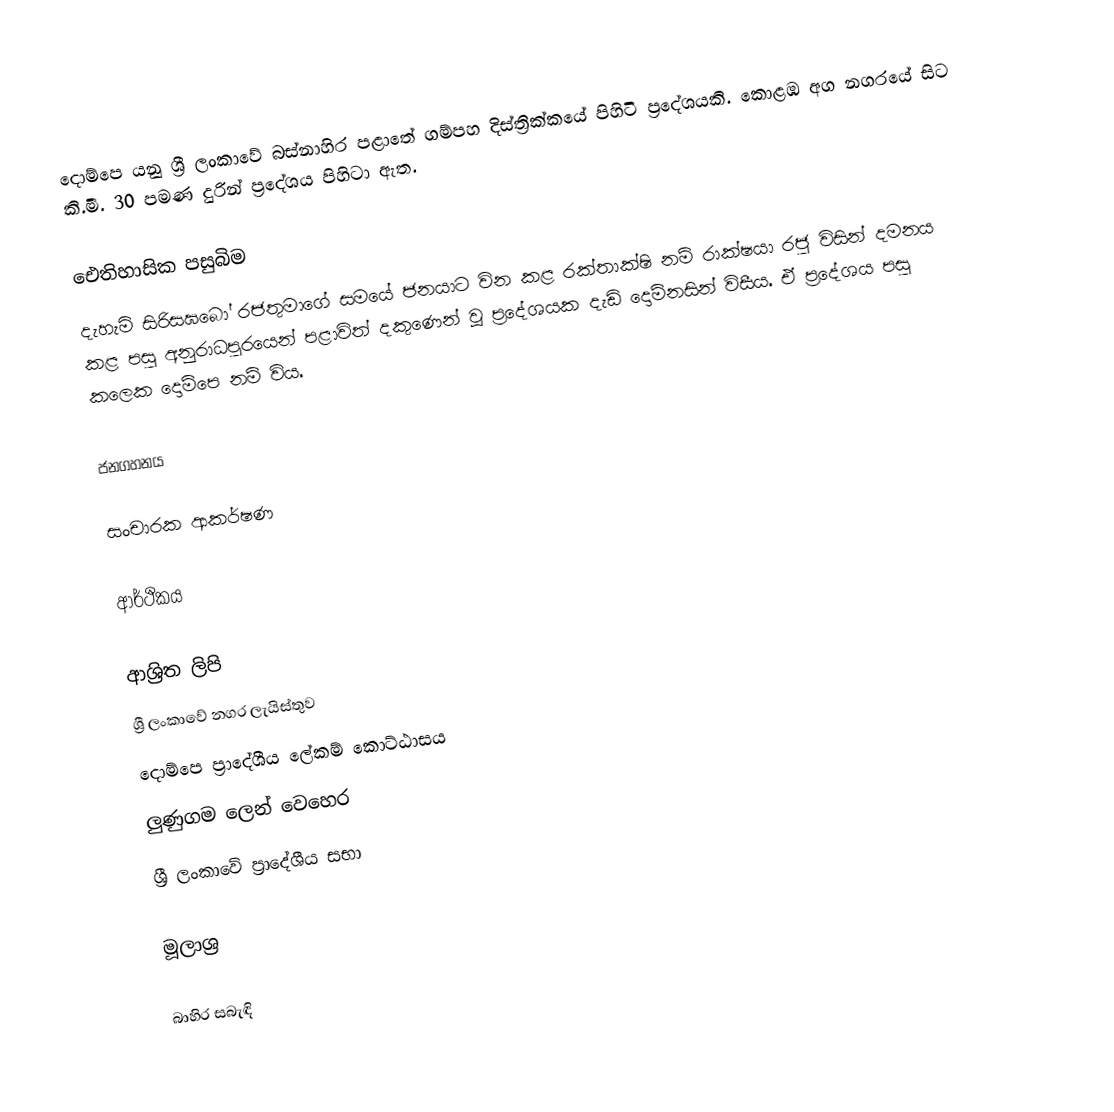
දොම්පෙ යනු ශ්‍රී ලංකාවේ බස්නාහිර පළාතේ ගම්පහ දිස්ත්‍රික්කයේ පිහිටි ප්‍රදේශයකි. කොළඹ අග නගරයේ සිට කි.මී. 30 පමණ දුරින් ප්‍රදේශය පිහිටා ඇත.

ඓතිහාසික පසුබිම
දැහැමි සිරිසඝබෝ රජතුමාගේ සමයේ ජනයාට වින කළ රක්තාක්ෂි නම් රාක්ෂයා රජු විසින් දමනය කළ පසු අනුරාධපුරයෙන් පළාවිත් දකුණෙන් වූ ප්‍රදේශයක දැඩි දොම්නසින් විසීය. ඒ ප්‍රදේශය පසු කලෙක දොම්පෙ නම් විය.

ජනගහනය

සංචාරක ආකර්ෂණ

ආර්ථිකය

ආශ්‍රිත ලිපි
 ශ්‍රී ලංකාවේ නගර ලැයිස්තුව
 දොම්පෙ ප්‍රාදේශීය ලේකම් කොට්ඨාසය
 ලුණුගම ලෙන් වෙහෙර
 ශ්‍රී ලංකාවේ ප්‍රාදේශීය සභා

මූලාශ්‍ර

බාහිර සබැඳි